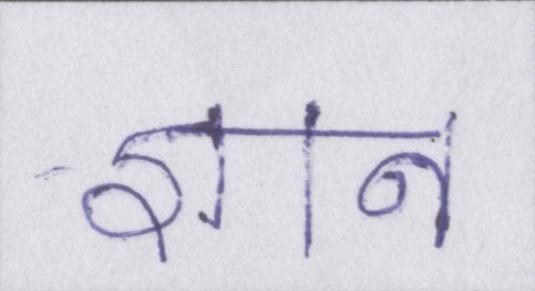
ज्ञान